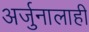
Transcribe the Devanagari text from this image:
अर्जुनालाही